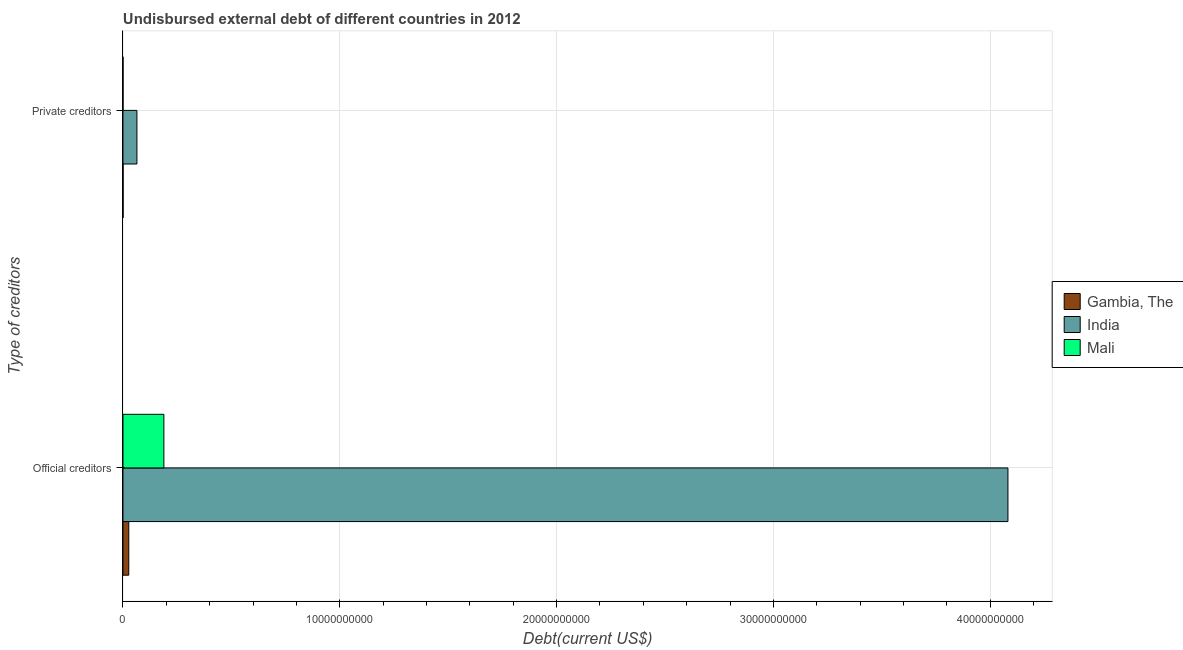
| Type of creditors | Gambia, The | India | Mali |
 | --- | --- | --- | --- |
 | Official creditors | 2.67e+08 | 4.08e+10 | 1.89e+09 |
 | Private creditors | 4.34e+06 | 6.43e+08 | 7.72e+05 |